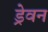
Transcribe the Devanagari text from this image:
ड्रेवन